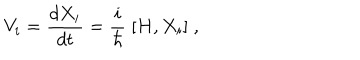
LaTeX: V _ { i } = \frac { d X _ { i } } { d t } = \frac { i } { \hbar } \; { [ } H , X _ { i } { ] } \; ,